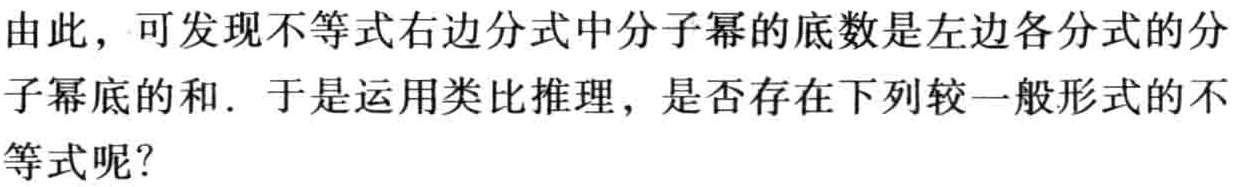
由此，可发现不等式右边分式中分子幂的底数是左边各分式的分子幂底的和．于是运用类比推理，是否存在下列较一般形式的不等式呢？